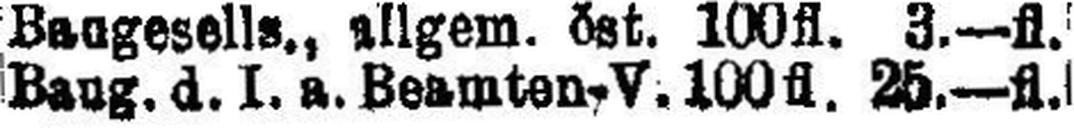
Baug. d. I. a. Beamten-V. 100fl. 25.—fl.